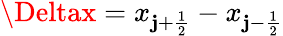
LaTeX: \Deltax=x_{\mathbf{j}+\frac{{1}}{{2}}}-x_{\mathbf{j}-\frac{{1}}{{2}}}